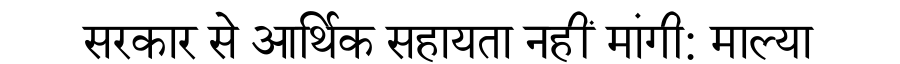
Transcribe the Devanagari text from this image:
सरकार से आर्थिक सहायता नहीं मांगी: माल्या